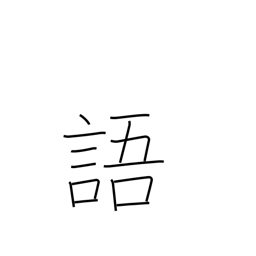
Meaning: speech